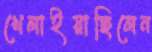
খেলাইয়াছিলেন